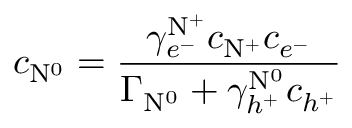
c _ { \mathrm { N } ^ { 0 } } = \frac { \gamma _ { e ^ { - } } ^ { \mathrm { N } ^ { + } } c _ { \mathrm { N } ^ { + } } c _ { e ^ { - } } } { \Gamma _ { \mathrm { N } ^ { 0 } } + \gamma _ { h ^ { + } } ^ { \mathrm { N } ^ { 0 } } c _ { h ^ { + } } }